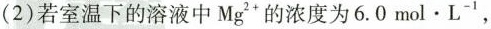
(2)若室温下的溶液中Mg^{2+}的浓度为6.0mol \cdot L^{-1}，